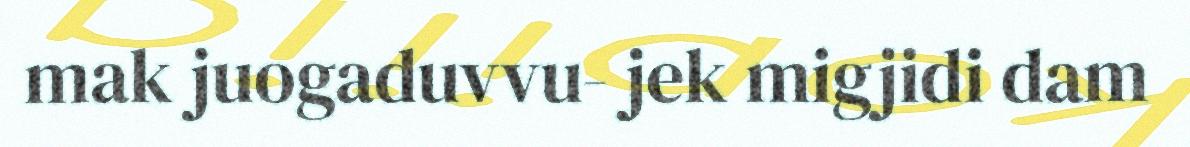
mak juogaduvvu- jek migjidi dam